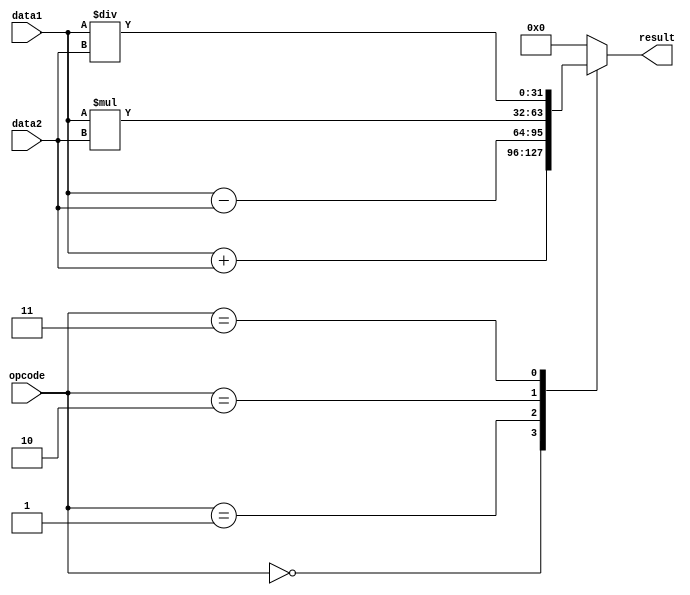
module Floating_point_ALU (
    input wire [31:0] data1,
    input wire [31:0] data2,
    input wire [2:0] opcode,
    output wire [31:0] result
);

reg [31:0] result;

always @(*) begin
    case (opcode)
        3'b000: result = data1 + data2; // Addition
        3'b001: result = data1 - data2; // Subtraction
        3'b010: result = data1 * data2; // Multiplication
        3'b011: result = data1 / data2; // Division
        default: result = 0; // Error handling
    endcase
end

endmodule